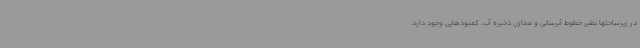
در زیرساختها نظیر خطوط آبرسانی و مخازن ذخیره آب، کمبودهایی وجود دارد